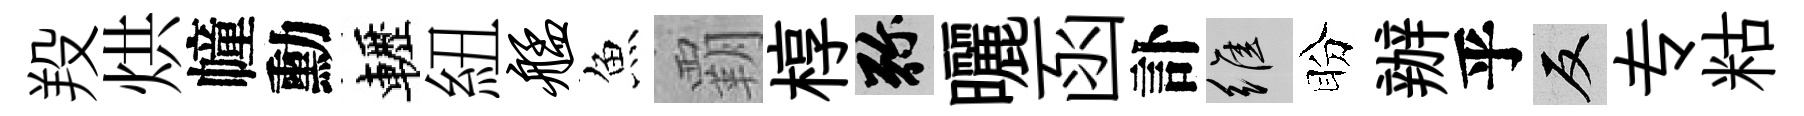
羖烘幢勳轣紐艋魚覇椁弥曬函訃維盼辦乎反专䊀